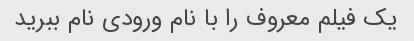
یک فیلم معروف را با نام ورودی نام ببرید